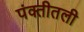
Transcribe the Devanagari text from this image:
पंक्तीतली